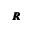
\pmb { R }